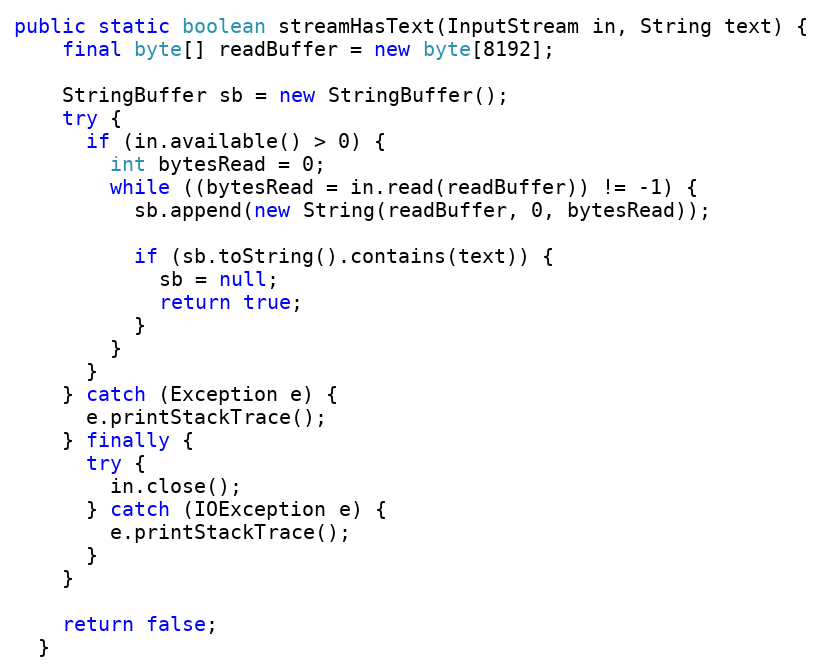
Language: Java
public static boolean streamHasText(InputStream in, String text) {
    final byte[] readBuffer = new byte[8192];

    StringBuffer sb = new StringBuffer();
    try {
      if (in.available() > 0) {
        int bytesRead = 0;
        while ((bytesRead = in.read(readBuffer)) != -1) {
          sb.append(new String(readBuffer, 0, bytesRead));

          if (sb.toString().contains(text)) {
            sb = null;
            return true;
          }
        }
      }
    } catch (Exception e) {
      e.printStackTrace();
    } finally {
      try {
        in.close();
      } catch (IOException e) {
        e.printStackTrace();
      }
    }

    return false;
  }